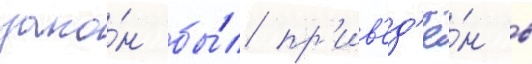
зако́н бы́л пр'ив'ед'ё́н в